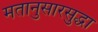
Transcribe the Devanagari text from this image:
मतानुसारसुद्धा